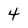
Character: 4